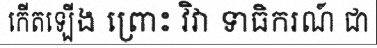
កើតឡើង ព្រោះ វិវា ទាធិករណ៍ ជា